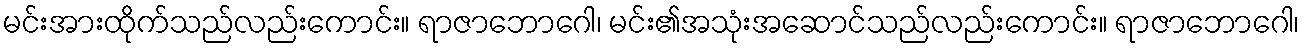
မင်းအားထိုက်သည်လည်းကောင်း။ ရာဇာဘောဂေါ၊ မင်း၏အသုံးအဆောင်သည်လည်းကောင်း။ ရာဇာဘောဂေါ၊